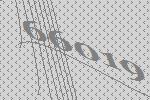
66019